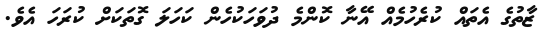
ޒާތުގެ އެތައް ކުރެހުމެއް އޭނާ ކޮންމެ ދުވަހަކުހެން ކަހަލަ ގޮތަކަށް ކުރަހަ އެވެ.